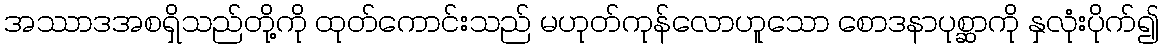
အဿာဒအစရှိသည်တို့ကို ထုတ်ကောင်းသည် မဟုတ်ကုန်လောဟူသော စောဒနာပုစ္ဆာကို နှလုံးပိုက်၍